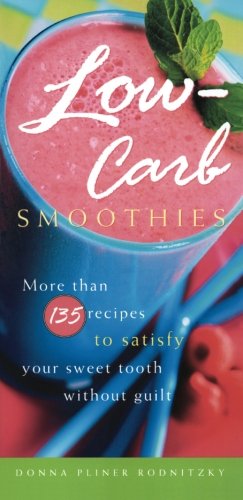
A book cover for Low-Carb Smoothies: More Than 135 Recipes to Satisfy Your Sweet Tooth Without Guilt; Donna Pliner Rodnitzky; Cookbooks, Food & Wine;